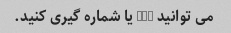
می توانید del یا شماره گیری کنید.